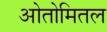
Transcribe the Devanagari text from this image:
ओतोमितल